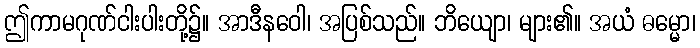
ဤကာမဂုဏ်ငါးပါးတို့၌။ အာဒီနဝေါ၊ အပြစ်သည်။ ဘိယျော၊ များ၏။ အယံ ဓမ္မော၊